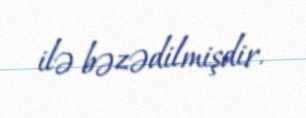
ilə bəzədilmişdir.